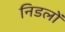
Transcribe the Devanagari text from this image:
निडलों